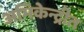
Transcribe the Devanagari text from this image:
अभिकेन्द्रीत